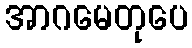
အာဂမေတုပေ